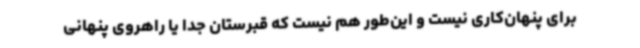
برای پنهان‌کاری نیست و این‌طور هم نیست که قبرستان جدا یا راهروی پنهانی